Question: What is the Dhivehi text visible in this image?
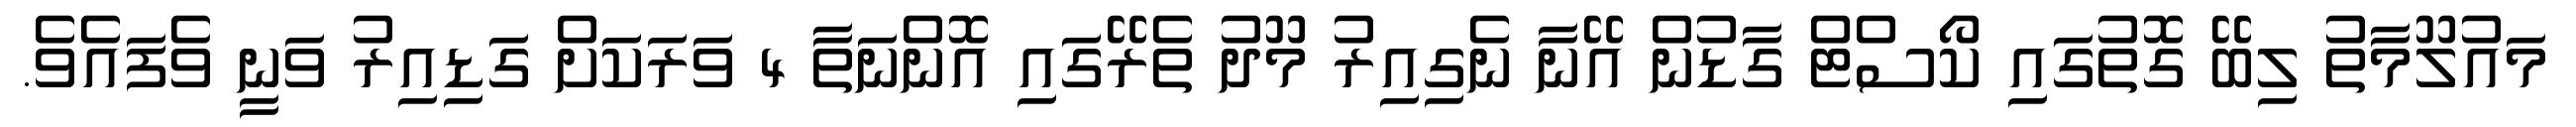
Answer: މައުލޫމާތު ލިބޭ ގޮތުގައި ކޯސްޓް ގާޑުން އޭނާ ނެގިއިރު މޫދު ތެރޭގައި އޮންނަތާ 4 ވަރަކަށް ގަޑިއިރު ވަނީ ވެފައެވެ.